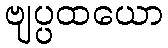
ဗျပ္ပထယော